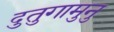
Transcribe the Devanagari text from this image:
दुतुगामुनु